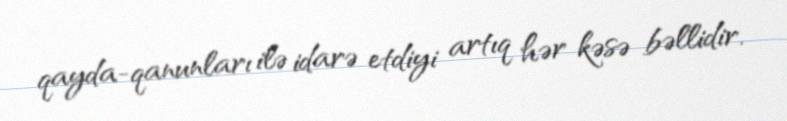
qayda-qanunları ilə idarə etdiyi artıq hər kəsə bəllidir.